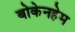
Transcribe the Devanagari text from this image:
बोकेनहेम